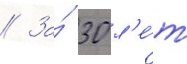
// За́ 30 л'е́т